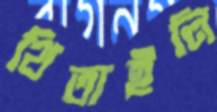
থিতাইলি